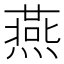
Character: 燕